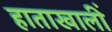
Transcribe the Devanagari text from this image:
हाताखालीं